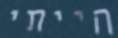
הייתי